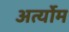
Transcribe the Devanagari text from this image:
अर्त्योम